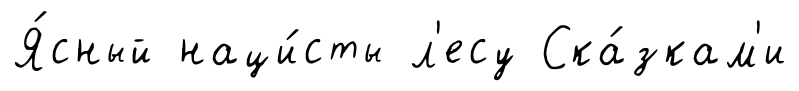
Я́сный наци́сты л'есу Ска́зкам'и